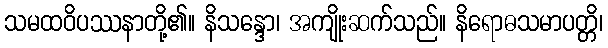
သမထဝိပဿနာတို့၏။ နိသန္ဒော၊ အကျိုးဆက်သည်။ နိရောဓသမာပတ္တိ၊